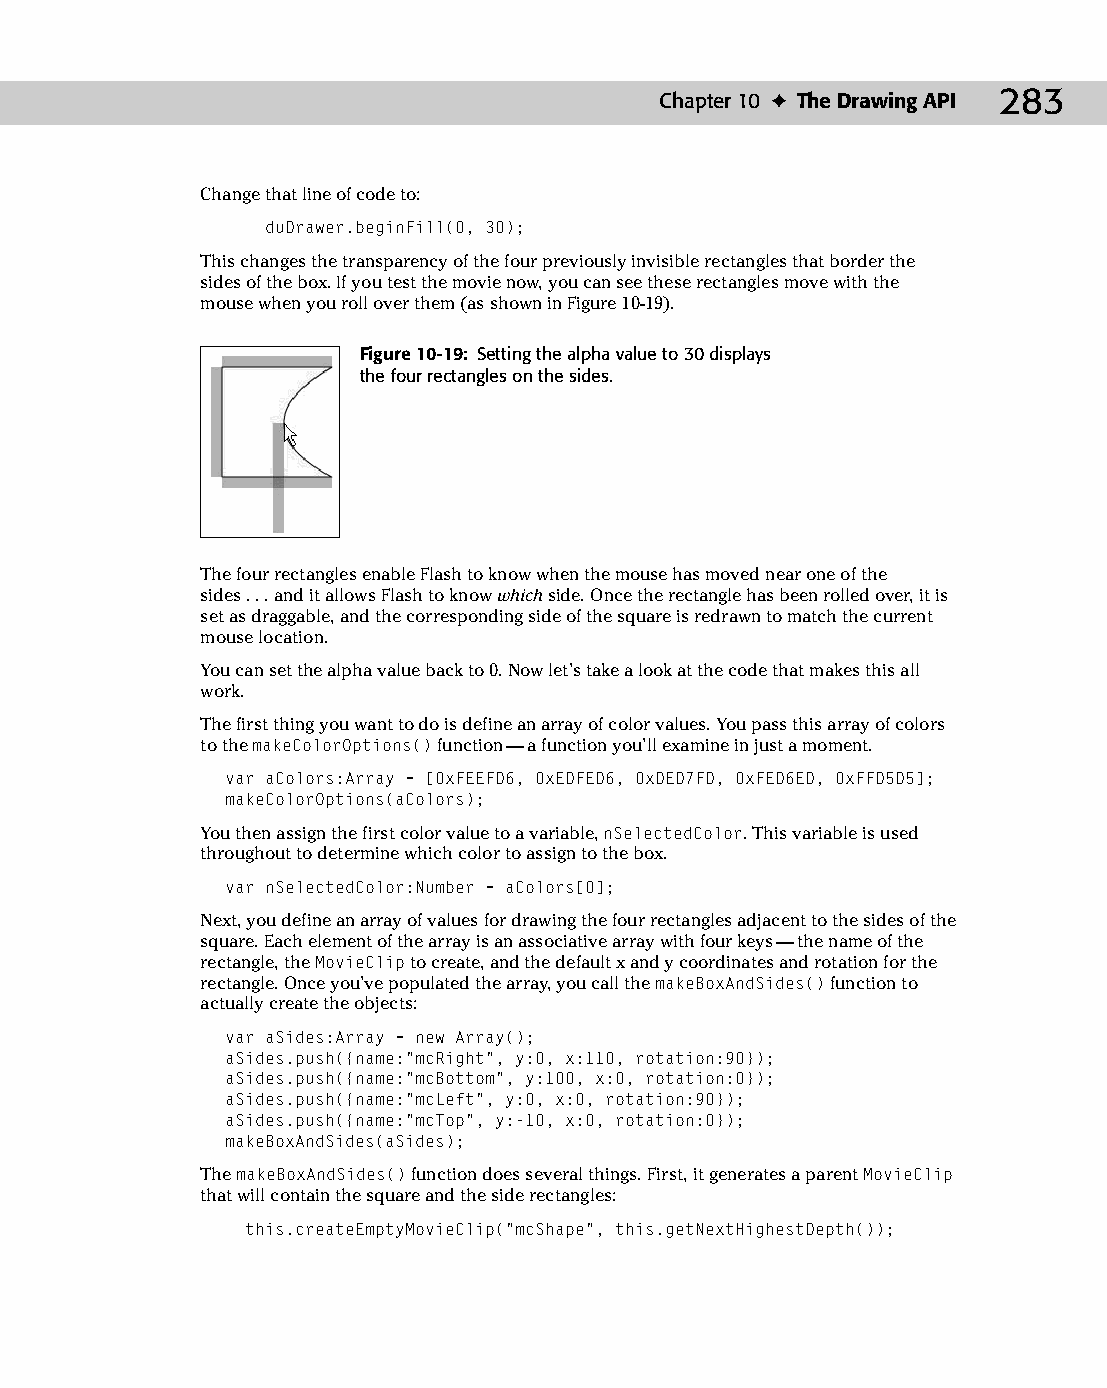
14 543547 ch10.qxd 3/24/04 3:49 PM Page 283
 Chapter 10 ✦ The Drawing API 283
 Change that line of code to:
 duDrawer.beginFill(0, 30);
 This changes the transparency of the four previously invisible rectangles that border the
 sides of the box. If you test the movie now, you can see these rectangles move with the
 mouse when you roll over them (as shown in Figure 10-19).
 Figure 10-19: Setting the alpha value to 30 displays
 the four rectangles on the sides.
 The four rectangles enable Flash to know when the mouse has moved near one of the
 sides . . . and it allows Flash to know which side. Once the rectangle has been rolled over, it is
 set as draggable, and the corresponding side of the square is redrawn to match the current
 mouse location.
 You can set the alpha value back to 0. Now let’s take a look at the code that makes this all
 work.
 The first thing you want to do is define an array of color values. You pass this array of colors
 to the makeColorOptions() function — a function you’ll examine in just a moment.
 var aColors:Array = [0xFEEFD6, 0xEDFED6, 0xDED7FD, 0xFED6ED, 0xFFD5D5];
 makeColorOptions(aColors);
 You then assign the first color value to a variable, nSelectedColor. This variable is used
 throughout to determine which color to assign to the box.
 var nSelectedColor:Number = aColors[0];
 Next, you define an array of values for drawing the four rectangles adjacent to the sides of the
 square. Each element of the array is an associative array with four keys — the name of the
 rectangle, the MovieClip to create, and the default x and y coordinates and rotation for the
 rectangle. Once you’ve populated the array, you call the makeBoxAndSides() function to
 actually create the objects:
 var aSides:Array = new Array();
 aSides.push({name:”mcRight”, y:0, x:110, rotation:90});
 aSides.push({name:”mcBottom”, y:100, x:0, rotation:0});
 aSides.push({name:”mcLeft”, y:0, x:0, rotation:90});
 aSides.push({name:”mcTop”, y:-10, x:0, rotation:0});
 makeBoxAndSides(aSides);
 The makeBoxAndSides() function does several things. First, it generates a parent MovieClip
 that will contain the square and the side rectangles:
 this.createEmptyMovieClip(“mcShape”, this.getNextHighestDepth());